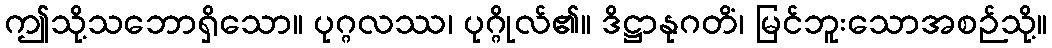
ဤသို့သဘောရှိသော။ ပုဂ္ဂလဿ၊ ပုဂ္ဂိုလ်၏။ ဒိဋ္ဌာနုဂတိံ၊ မြင်ဘူးသောအစဉ်သို့။